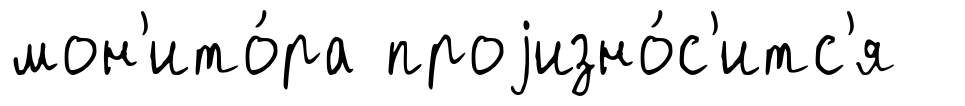
мон'ито́ра проjизно́с'итс'я